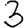
Digit: 3